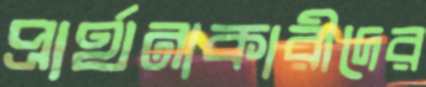
প্রার্থনাকারীদের